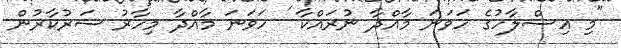
"މި އިސްލާހުގެ ހަވަނަ މާއްދާ ނުރައްކާ ' ހަވަނަ މާއްދާ މިހާރު ސަރުކާރުން